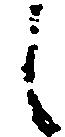
候